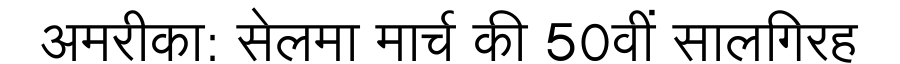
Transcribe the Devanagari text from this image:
अमरीका: सेलमा मार्च की 50वीं सालगिरह